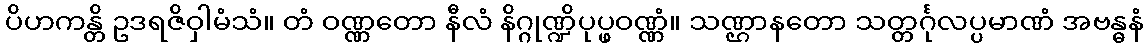
ပိဟကန္တိ ဥဒရဇိဝှါမံသံ။ တံ ဝဏ္ဏတော နီလံ နိဂ္ဂုဏ္ဍိပုပ္ဖဝဏ္ဏံ။ သဏ္ဌာနတော သတ္တင်္ဂုလပ္ပမာဏံ အဗန္ဓနံ